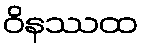
ဝိနဿထ